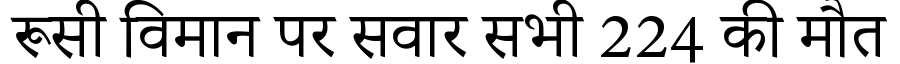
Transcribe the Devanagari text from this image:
रूसी विमान पर सवार सभी 224 की मौत